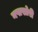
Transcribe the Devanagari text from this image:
नषाखोरी